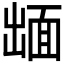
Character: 𮧋